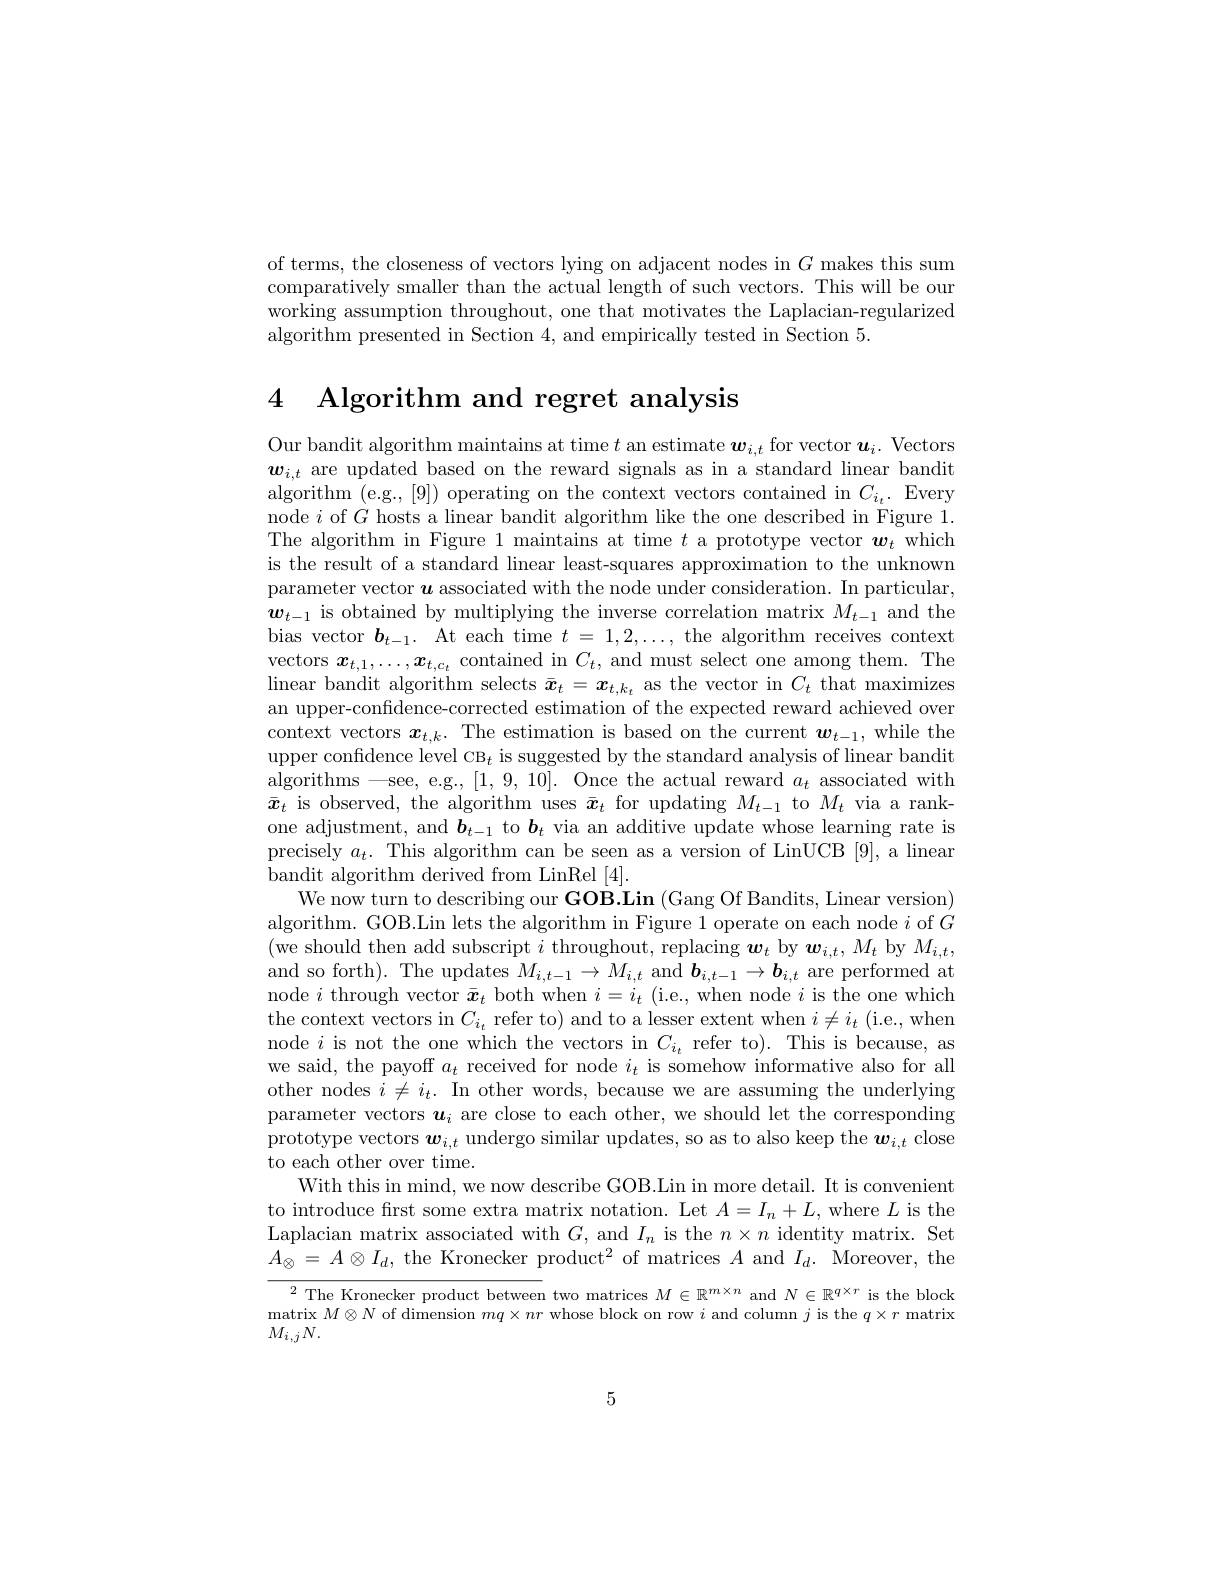
of terms, the closeness of vectors lying on adjacent nodes in $G$ makes this sum comparatively smaller than the actual length of such vectors. This will be our working assumption throughout, one that motivates the Laplacian-regularized algorithm presented in Section 4, and empirically tested in Section 5.

4 Algorithm and regret analysis

Our bandit algorithm maintains at time $t$ an estimate $\boldsymbol w_i,t$ for vector $\boldsymbol u_i.$ Vectors $\boldsymbol{w}_{i,t}$ are updated based on the reward signals as in a standard linear bandit algorithm (e.g.,[9]) operating on the context vectors contained in $C_{i_t}.$ Every node $i$ of $G$ hosts a linear bandit algorithm like the one described in Figure 1. The algorithm in Figure 1 maintains at time $t$ a prototype vector $\boldsymbol w_t$ which is the result of a standard linear least-squares approximation to the unknown parameter vector $\boldsymbol{u}$ associated with the node under consideration. In particular, $\boldsymbol{w}_{t-1}$ is obtained by multiplying the inverse correlation matrix $M_t-1$ and the bias vector $\boldsymbol{b}_{t-1}.$ At each time $t=1,2,\ldots$, the algorithm receives context vectors $x_{t,1},\ldots,x_{t,c_t}$ contained in $C_t$, and must select one among them. The linear bandit algorithm selects $\bar{\boldsymbol{x}}_t=\boldsymbol{x}_{t,k_t}$ as the vector in $C_t$ that maximizes an upper-confidence-corrected estimation of the expected reward achieved over context vectors $\boldsymbol{x}_{t,k}.$ The estimation is based on the current $\boldsymbol{w}_t-1$, while the upper confidence level CB$_t$ is suggested by the standard analysis of linear bandit algorithms —see, e.g., [1,9,10]. Once the actual reward $a_t$ associated with $\bar{\boldsymbol{x}}_t$ is observed, the algorithm uses $\bar{\boldsymbol{x}}_t$ for updating $M_t-1$ to $M_t$ via a rankone adjustment, and $\boldsymbol{b}_{t-1}$ to $\boldsymbol{b}_t$ via an additive update whose learning rate is precisely $a_t.$ This algorithm can be seen as a version of LinUCB [9], a linear bandit algorithm derived from LinRel [4].
We now turn to describing our GOB.Lin (Gang Of Bandits, Linear version) algorithm. GOB.Lin lets the algorithm in Figure 1 operate on each node $i$ of $G$ (we should then add subscript $i$ throughout, replacing $\boldsymbol w_t$ by $\boldsymbol w_i,t,M_t$ by $M_i,t$, and so forth). The updates $M_{i,t-1}\to M_{i,t}$ and $\boldsymbol b_{i,t-1}\to\boldsymbol b_{i,t}$ are performed at node $i$ through vector $\bar{\boldsymbol{x}}_t$ both when $i=i_t$ (i.e., when node $i$ is the one which the context vectors in $C_{i_t}$ refer to) and to a lesser extent when $i\neq i_t$ (i.e., when node $i$ is not the one which the vectors in $C_i_t$ refer to). This is because, as we said, the payoff $a_t$ received for node $i_t$ is somehow informative also for all other nodes $i\neq i_t.$ In other words, because we are assuming the underlying parameter vectors $\boldsymbol u_i$ are close to each other, we should let the corresponding prototype vectors $\boldsymbol w_i,t$ undergo similar updates, so as to also keep the $\boldsymbol w_i,t$ close to each other over time.
With this in mind, we now describe GOB.Lin in more detail. It is convenient to introduce frst some extra matrix notation. Let $A=I_n+L$, where $L$ is the Laplacian matrix associated with $G$, and $I_n$ is the $n\times n$ identity matrix. Set $A_{\otimes}=A\otimes I_{d}$, the Kronecker product$^2$ of matrices $A$ and $I_d.$ Moreover, the $\overline{^2\text{The Kronecker product between }}$two matrices $M\in\mathbb{R}^m\times n$ and $N\in\mathbb{R}^q\times r$ is the block matrix $M\otimes N$ of dimension $mq\times nr$ whose block on row $i$ and column $j$ is the $q\times r$ matrix

$M_{i,j}N.$

5